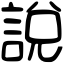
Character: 說